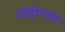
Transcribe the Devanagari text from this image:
पोहोणारे